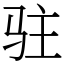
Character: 驻